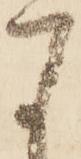
す